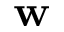
\mathbf { w }